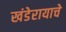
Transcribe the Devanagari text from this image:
खंडेरायाचे